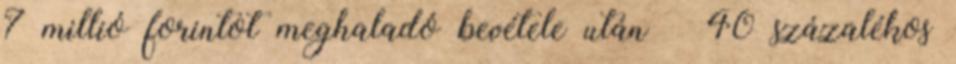
7 millió forintot meghaladó bevétele után – 40 százalékos